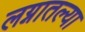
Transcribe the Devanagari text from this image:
लग्नातल्या